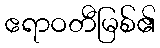
ဧရာဝတီမြစ်၏